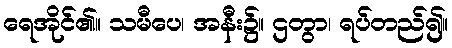
ရေအိုင်၏။ သမီပေ၊ အနီး၌။ ဌတွာ၊ ရပ်တည်၍။